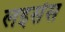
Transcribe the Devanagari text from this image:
लइसेंस